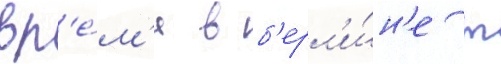
вр'е́м'я в б'ерл'и́н'е т